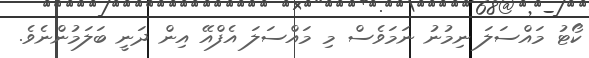
ކޯޓު މައްސަލަ ނިމުނު ނަމަވެސް މި މައްސަލަ އެފްއޭ އިން ދަނީ ބަލަމުންނެވެ.